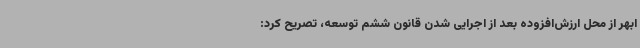
ابهر از محل ارزش‌افزوده بعد از اجرایی شدن قانون ششم توسعه، تصریح کرد: